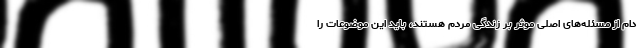
دام از مسئله‌های اصلی موثر بر زندگی مردم هستند، باید این موضوعات را